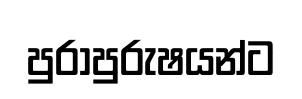
පුරාපුරුෂයන්ට